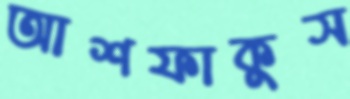
আশফাকুস